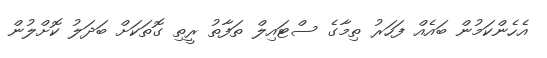
އެހެންކަމުން ބައެއް ފަހަރު ތިމާގެ ސްޓައިލް ތަފާތު ރީތި ގޮތަކަށް ބަދަލު ކޮށްލުން